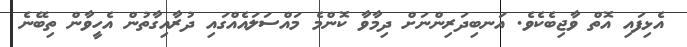
އެޅިފައި އޮތް ވާޖިބެކެވެ. އަނބިދަރިންނަށް ދިމާވާ ކޮންމެ މައްސަލައެއްގައި ދުރާއިގާތުން އެހީވާން ތިބޭނެ